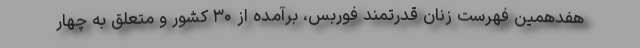
هفدهمین فهرست زنان قدرتمند فوربس، برآمده از ۳۰ کشور و متعلق به چهار